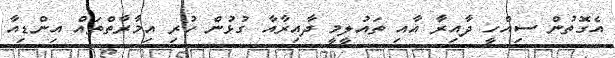
އެގޮތުން ސިއްހީ ދާއިރާ އާއި ތައުލީމީ ދާއިރާއާ ގުޅުން ހުރި އިމާރާތްތައް އިންޑިއާ